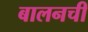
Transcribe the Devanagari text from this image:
बालनची